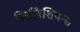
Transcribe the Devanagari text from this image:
फ़िज़िशियन्स